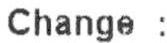
CHANGE :